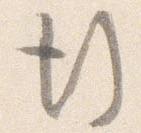
行